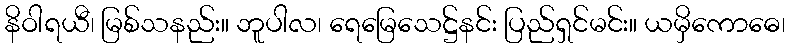
နိဝါရယီ၊ မြစ်သနည်း။ ဘူပါလ၊ ရေမြေသေဋ္ဌ်နင်း ပြည်ရှင်မင်း။ ယမှိကောဓေ၊